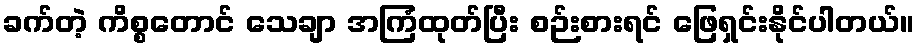
ခက်တဲ့ ကိစ္စတောင် သေချာ အကြံထုတ်ပြီး စဉ်းစားရင် ဖြေရှင်းနိုင်ပါတယ်။